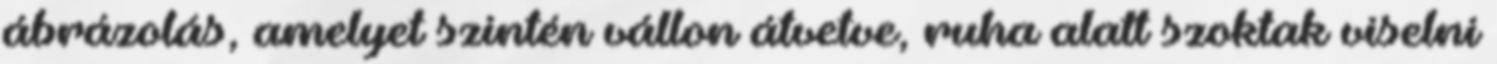
ábrázolás, amelyet szintén vállon átvetve, ruha alatt szoktak viselni